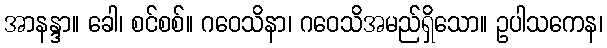
အာနန္ဒာ။ ခေါ၊ စင်စစ်။ ဂဝေသိနာ၊ ဂဝေသိအမည်ရှိသော။ ဥပါသကေန၊